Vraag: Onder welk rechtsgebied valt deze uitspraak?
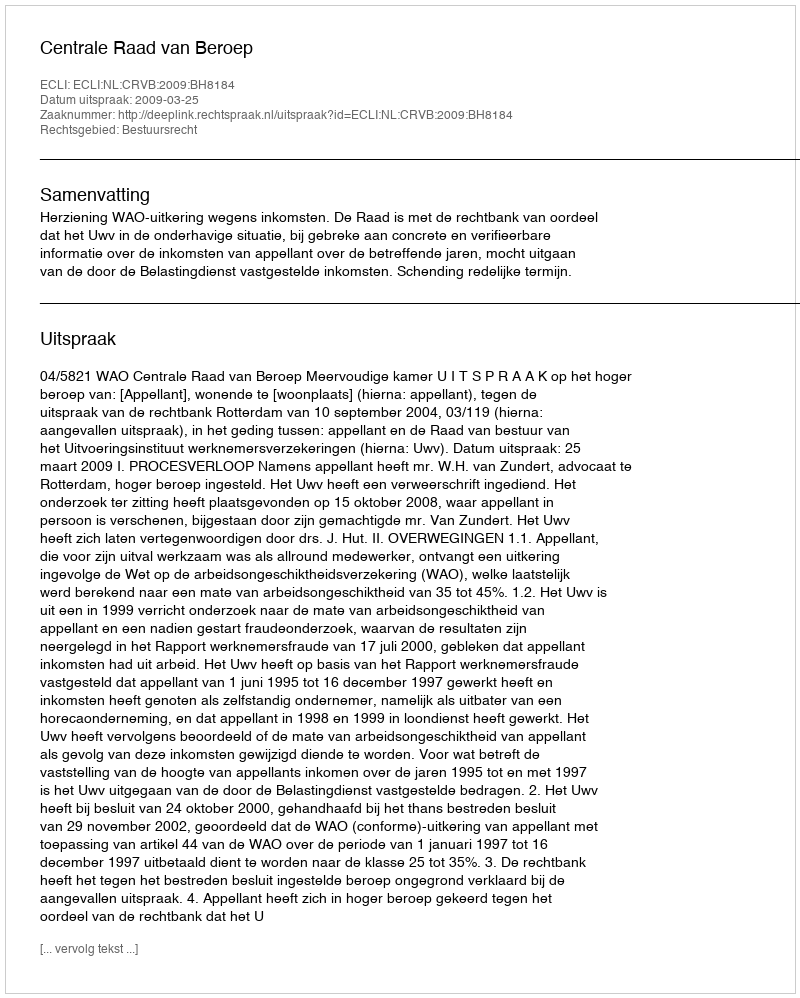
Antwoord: Bestuursrecht